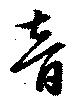
音